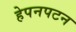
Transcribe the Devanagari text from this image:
हेपनपटन